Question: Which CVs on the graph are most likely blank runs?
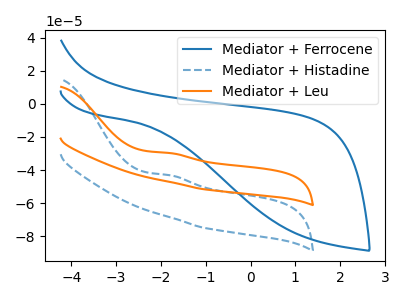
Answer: <think>The blue curve "Mediator + Ferrocene" has no peaks. The blue dashed curve "Mediator + Histadine" has an anodic peak at: (-1.80V, -43.15uA). The orange curve "Mediator + Leu" has an anodic peak at: (-1.80V, -29.70uA).</think>
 <answer>"Mediator + Ferrocene" is likely to be a blank.</answer>
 <eval>Mediator + Ferrocene</eval>